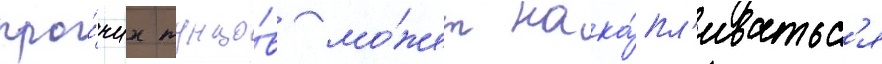
про́чих тунцо́в мо́жет нака́пл'иватьс'я